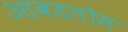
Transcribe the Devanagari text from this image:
आवडतोस